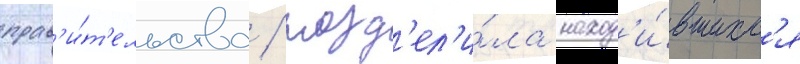
прав'и́т'ельства / разд'ел'и́ла наход'и́вшихс'я